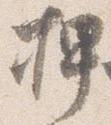
押